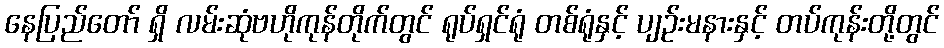
နေပြည်တော် ရှိ လမ်းဆုံဗဟိုကုန်တိုက်တွင် ရုပ်ရှင်ရုံ တစ်ရုံနှင့် ပျဉ်းမနားနှင့် တပ်ကုန်းတို့တွင်